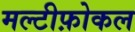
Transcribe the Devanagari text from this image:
मल्टीफ़ोकल